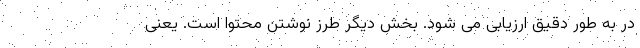
در به طور دقیق ارزیابی می شود. بخش دیگر طرز نوشتن محتوا است. یعنی